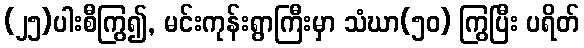
(၂၅)ပါးစီကြွ၍, မင်းကုန်းရွာကြီးမှာ သံဃာ(၅၀) ကြွပြီး ပရိတ်